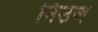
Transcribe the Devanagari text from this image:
निउज